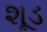
શૂડ